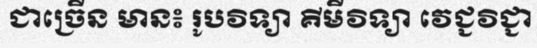
ជាច្រើន មាន៖ រូបវិទ្យា គីមីវិទ្យា វេជ្ជវិជ្ជា